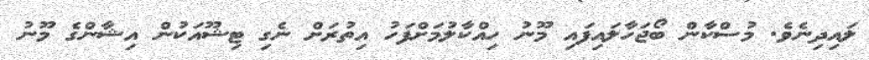
ލައިދިނެވެ. މުސްކާން ބޯޖަހާލައިފައި މޫނު ހިއްކާލުމަށްފަހު އިތުރަށް ނެގި ޓިޝޫއަކުން އިޝާންގެ މޫނު